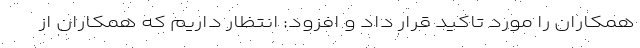
همکاران را مورد تاکید قرار داد و افزود: انتظار داریم که همکاران از